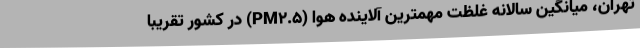
تهران، میانگین سالانه غلظت مهمترین آلاینده هوا (PM۲.۵) در کشور تقریبا